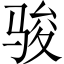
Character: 骏